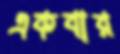
একবার